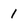
Character: I